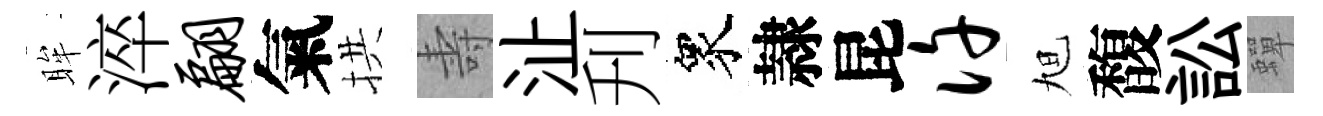
眸淬翩氣拱壽沚刋衆隷昆许旭馥訟蟬